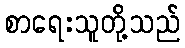
စာရေးသူတို့သည်